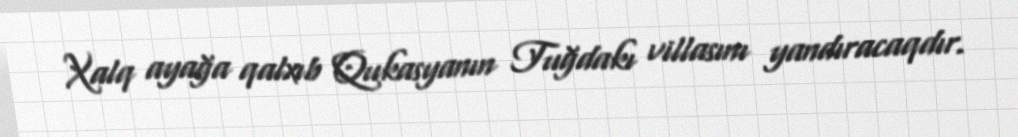
Xalq ayağa qalxıb Qukasyanın Tuğdakı villasını yandıracaqdır.